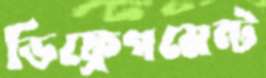
ডিফ্রেগমেন্ট